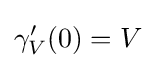
\gamma _{V}'(0)=V